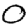
Digit: 0